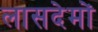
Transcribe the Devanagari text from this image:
लासदेमों